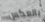
بالعكس